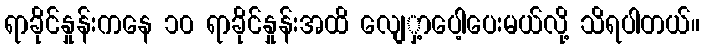
ရာခိုင်နှုန်းကနေ ၁၀ ရာခိုင်နှုန်းအထိ လျေှ့ာပေါ့ပေးမယ်လို့ သိရပါတယ်။